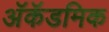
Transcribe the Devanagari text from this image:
अॅकॅडमिक